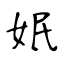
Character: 姄